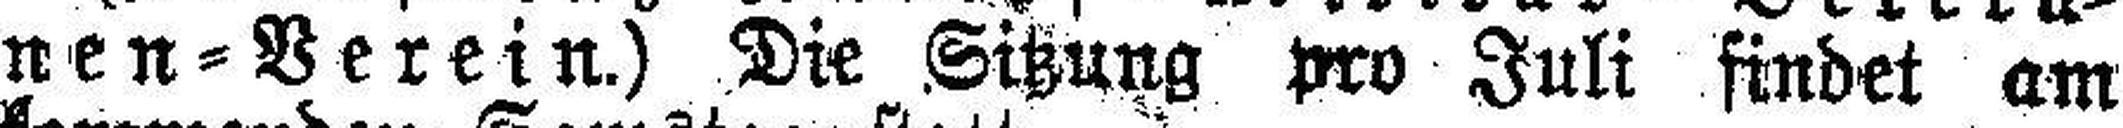
nen=Verein.) Die Sitzung pro Juli findet am